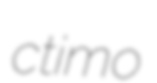
ctimo